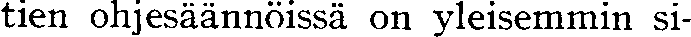
tien ohjesäännöissä on yleisemmin si-